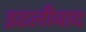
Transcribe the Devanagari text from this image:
इटलीवाद